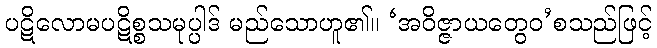
ပဋိလောမပဋိစ္စသမုပ္ပါဒ် မည်သောဟူ၏။ ‘အဝိဇ္ဇာယတွေဝ’စသည်ဖြင့်